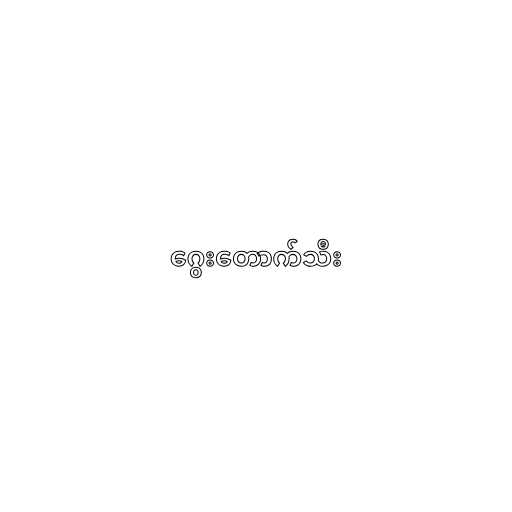
ဂွေးတောက်သီး